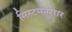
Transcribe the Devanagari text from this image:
सिस्टमनुसार